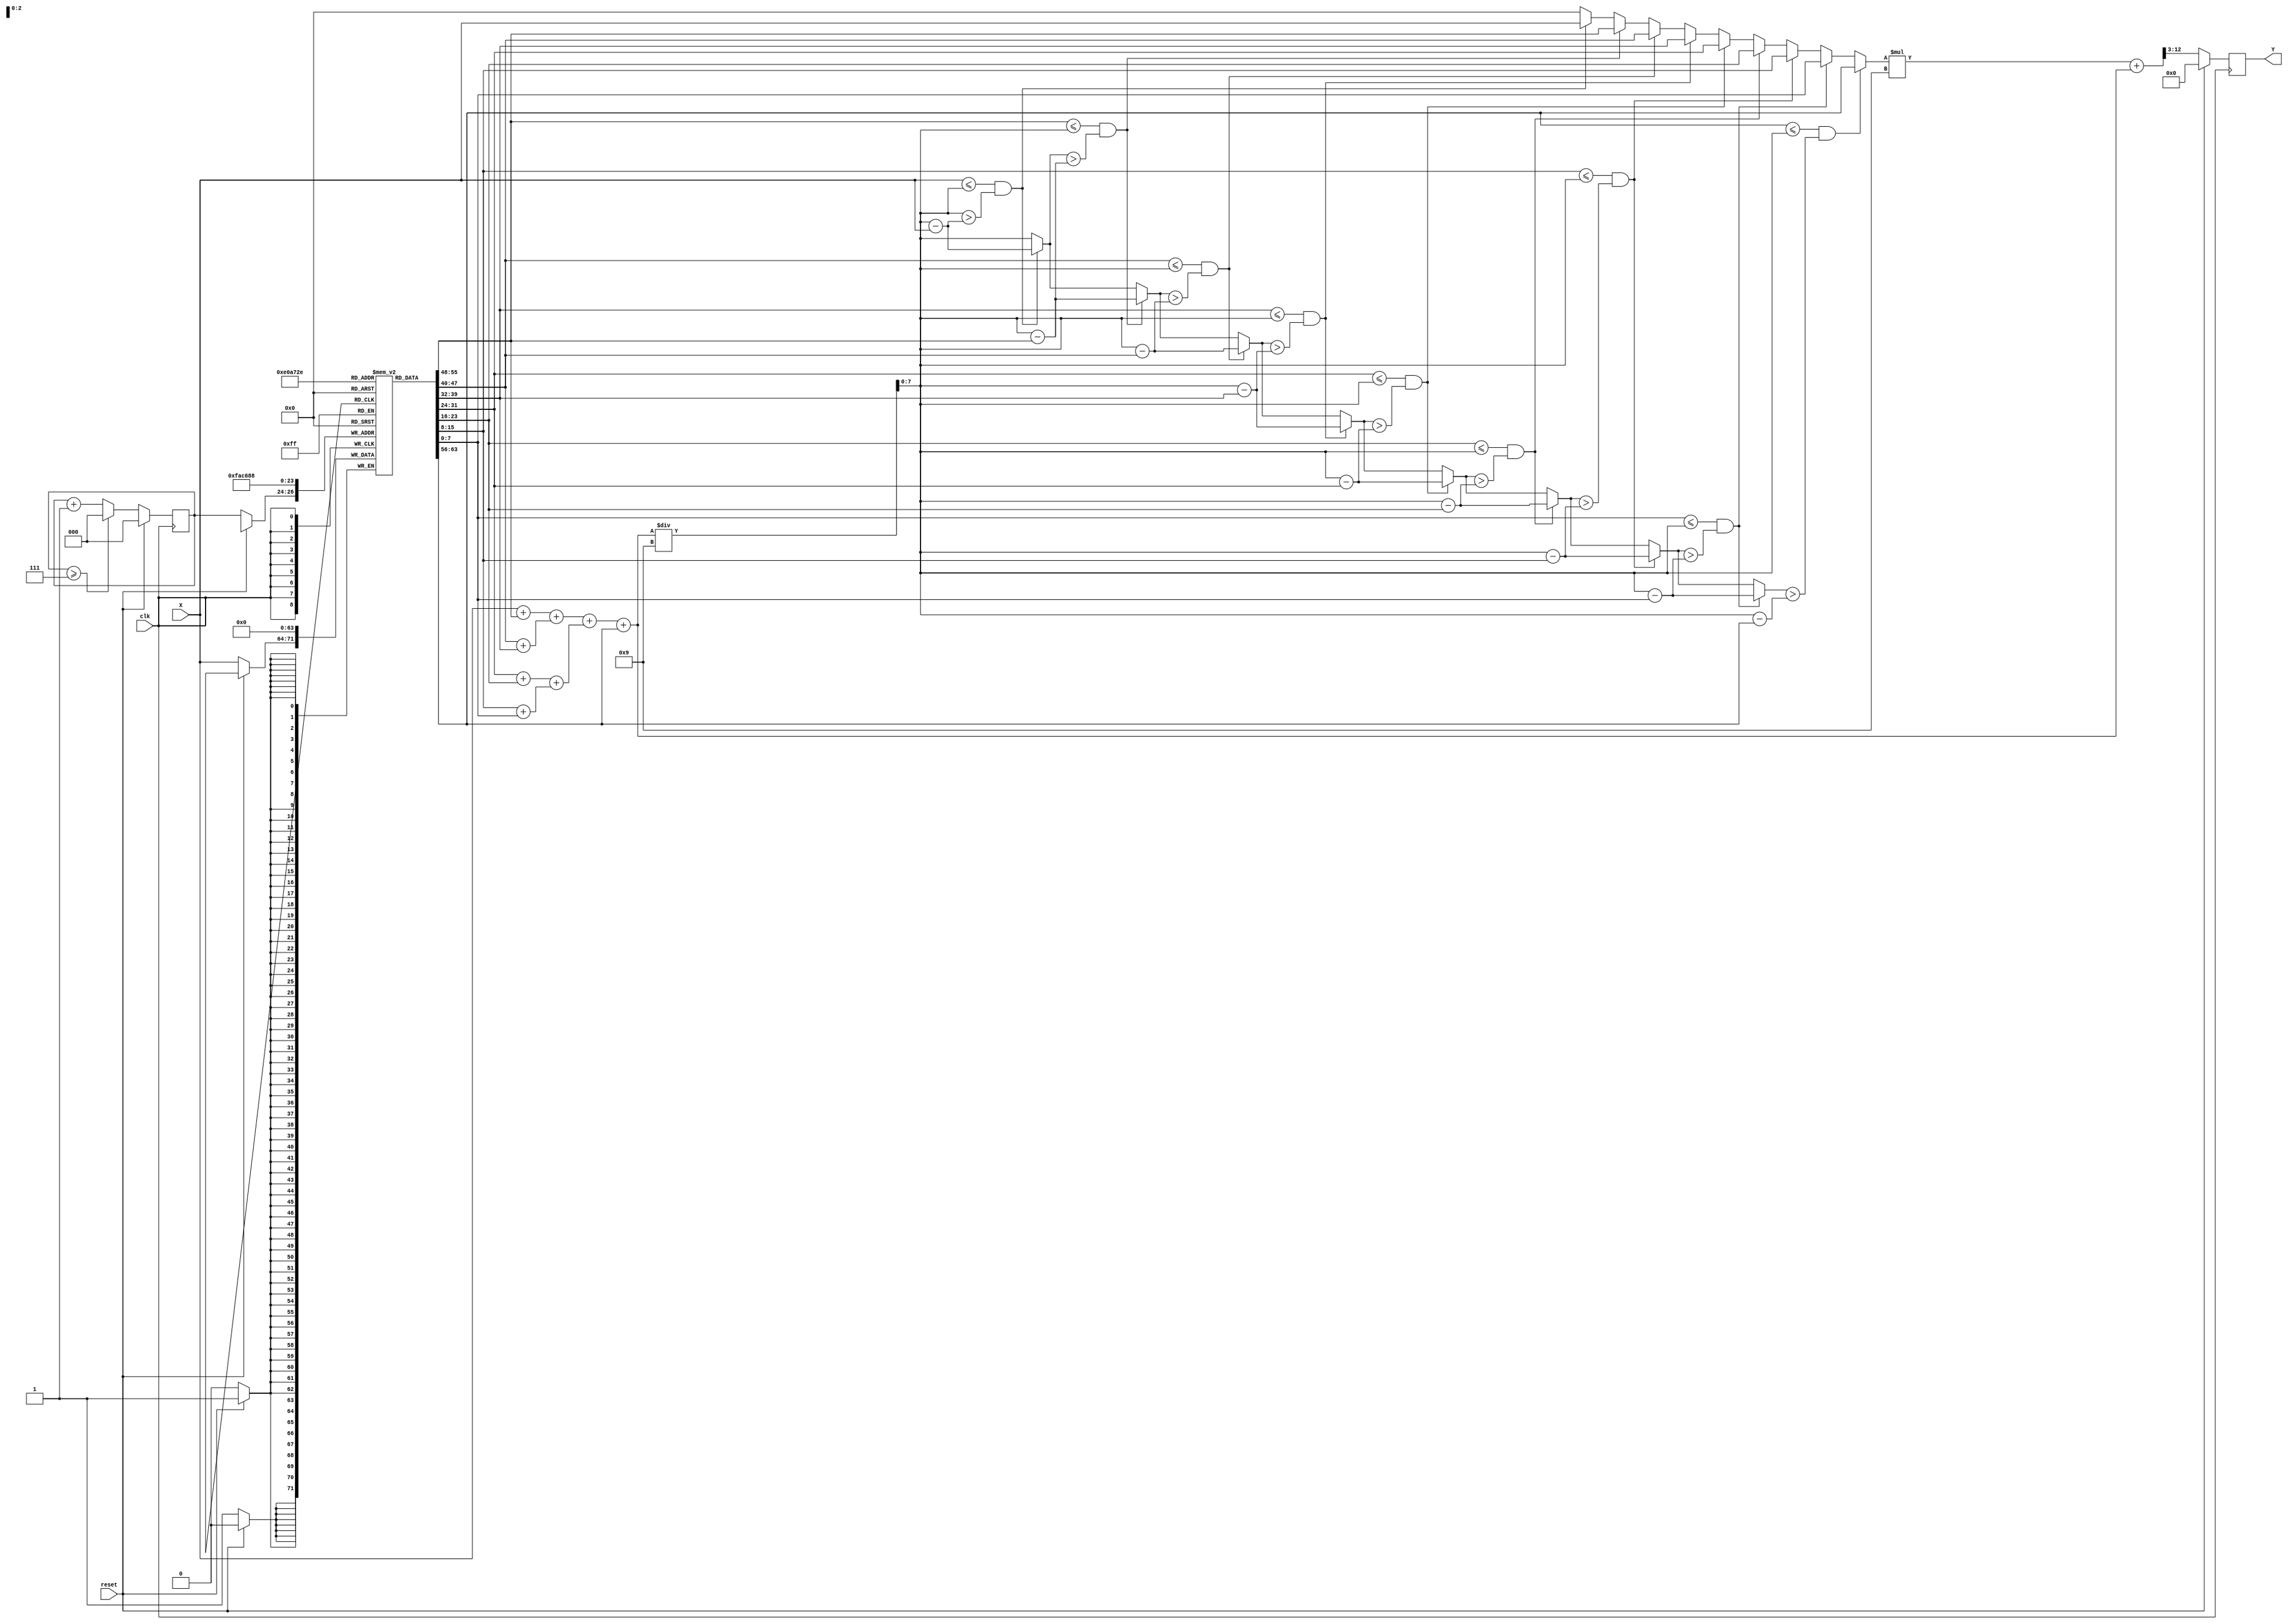
`timescale 1ns/10ps
module CS(Y, X, reset, clk);

input clk, reset; 
input  [7:0] X;
output 	reg [9:0] Y;

reg [2:0]count;

reg [7:0] Xs[7:0];
reg [7:0] Xavgi;
reg [10:0] Xall;
reg [7:0] Xappr;
reg [7:0] Xdiff;


always@ (posedge clk) 
begin
  if (reset == 1)
  begin
    Xs[0] <= 0;
    Xs[1] <= 0;
    Xs[2] <= 0;
    Xs[3] <= 0;
    Xs[4] <= 0;
    Xs[5] <= 0;
    Xs[6] <= 0;
    Xs[7] <= 0;
    Y <= 0;
    count <= 0;
  end
  else
  begin
    Xs[count] <= X;
    if(count >= 7)
    begin
      count <= 0;
    end
    else
    begin
      count <= count + 1;
    end
    Y <= ((Xappr * 9) + Xall) >> 3;
    
  end 
end


always @(*)
begin

  Xall = ((((X + Xs[0]) + (Xs[1] + Xs[2])) + ((Xs[3] + Xs[4]) + (Xs[5] + Xs[6]))) + (Xs[7]));
  Xavgi = Xall / 9;
  Xappr = 0;
  Xdiff = Xavgi;

  if((X <= Xavgi) && (Xdiff > Xavgi - X))
    begin
      Xdiff = Xavgi - X;
      Xappr = X;
    end
  if((Xs[0] <= Xavgi) && (Xdiff > Xavgi - Xs[0]))
  begin
    Xdiff = Xavgi - Xs[0];
    Xappr = Xs[0];
  end
  if((Xs[1] <= Xavgi) && (Xdiff > Xavgi - Xs[1]))
  begin
    Xdiff = Xavgi - Xs[1];
    Xappr = Xs[1];
  end
  if((Xs[2] <= Xavgi) && (Xdiff > Xavgi - Xs[2]))
  begin
    Xdiff = Xavgi - Xs[2];
    Xappr = Xs[2];
  end
  if((Xs[3] <= Xavgi) && (Xdiff > Xavgi - Xs[3]))
  begin
    Xdiff = Xavgi - Xs[3];
    Xappr = Xs[3];
  end
  if((Xs[4] <= Xavgi) && (Xdiff > Xavgi - Xs[4]))
  begin
    Xdiff = Xavgi - Xs[4];
    Xappr = Xs[4];
  end
  if((Xs[5] <= Xavgi) && (Xdiff > Xavgi - Xs[5]))
  begin
    Xdiff = Xavgi - Xs[5];
    Xappr = Xs[5];
  end
  if((Xs[6] <= Xavgi) && (Xdiff > Xavgi - Xs[6]))
  begin
    Xdiff = Xavgi - Xs[6];
    Xappr = Xs[6];
  end
  if((Xs[7] <= Xavgi) && (Xdiff > Xavgi - Xs[7]))
  begin
    Xdiff = Xavgi - Xs[7];
    Xappr = Xs[7];
  end
end

endmodule